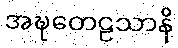
အဍ္ဎတေဠသာနိ